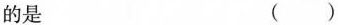
的是 ()